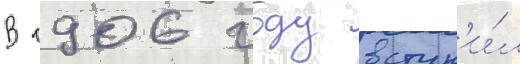
В 1906 году вступ'и́л